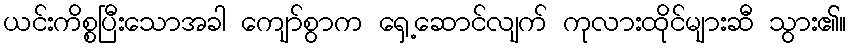
ယင်းကိစ္စပြီးသောအခါ ကျော်စွာက ရှေ့ဆောင်လျက် ကုလားထိုင်များဆီ သွား၏။